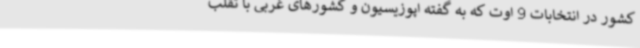
کشور در انتخابات 9 اوت که به گفته اپوزیسیون و کشورهای غربی با تقلب